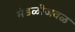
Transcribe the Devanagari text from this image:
मंडळीजवळ